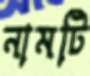
নামটি